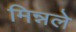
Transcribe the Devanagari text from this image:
मिन्नले